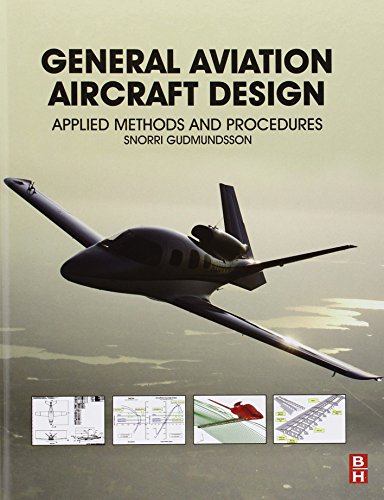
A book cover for General Aviation Aircraft Design: Applied Methods and Procedures; Snorri Gudmundsson; Engineering & Transportation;